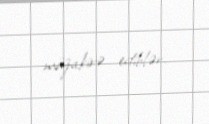
müzakirə ediblər.